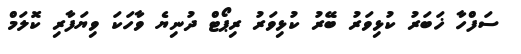
ސަފްހާ ޚަބަރު ކުޅިވަރު ބޭރު ކުޅިވަރު ރިޕޯޓް ދުނިޔެ ވާހަކަ ވިޔަފާރި ކޮލަމް